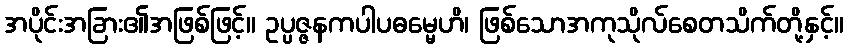
အပိုင်းအခြား၏အဖြစ်ဖြင့်။ ဥပ္ပဇ္ဇနကပါပဓမ္မေဟိ၊ ဖြစ်သောအကုသိုလ်စေတသိက်တို့နှင့်။